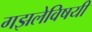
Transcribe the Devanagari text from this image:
गझलेविषयी